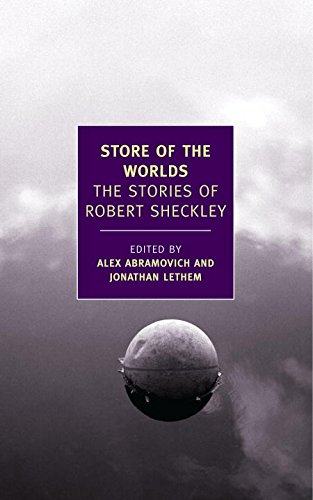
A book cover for Store of the Worlds: The Stories of Robert Sheckley (New York Review Books Classics); Robert Sheckley; Science Fiction & Fantasy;